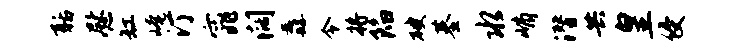
聒慰缸崦汀窕阔纛令将陷破基水峭潜共皇侵